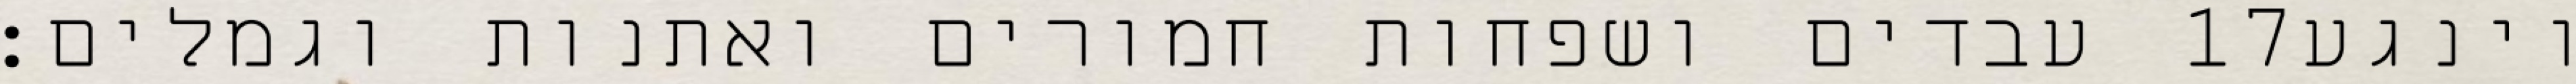
עבדים ושפחות חמורים ואתנות וגמלים׃ ‎17‏ וינגע